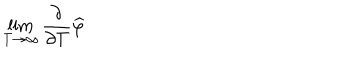
\lim _ { T \rightarrow \infty } \frac { \partial } { \partial T } \widehat { \varphi }